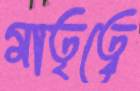
মাতৃত্বে